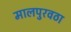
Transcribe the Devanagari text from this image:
मालपुरवठा